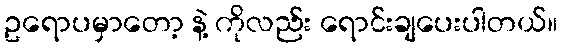
ဥရောပမှာတော့ နဲ့ ကိုလည်း ရောင်းချပေးပါတယ်။